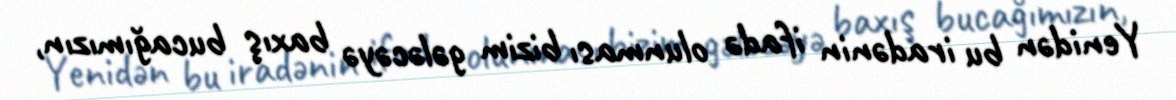
Yenidən bu iradənin ifadə olunması bizim gələcəyə baxış bucağımızın,